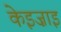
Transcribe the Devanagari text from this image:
केइज़ाइ